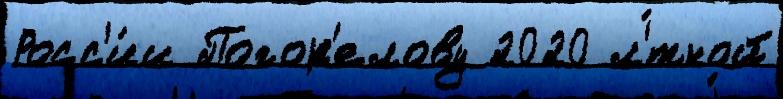
Росс'и́и Погор'елову 2020 л'́тной